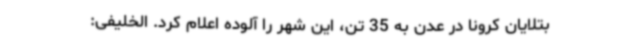
بتلایان کرونا در عدن به 35 تن، این شهر را آلوده اعلام کرد. الخلیفی: